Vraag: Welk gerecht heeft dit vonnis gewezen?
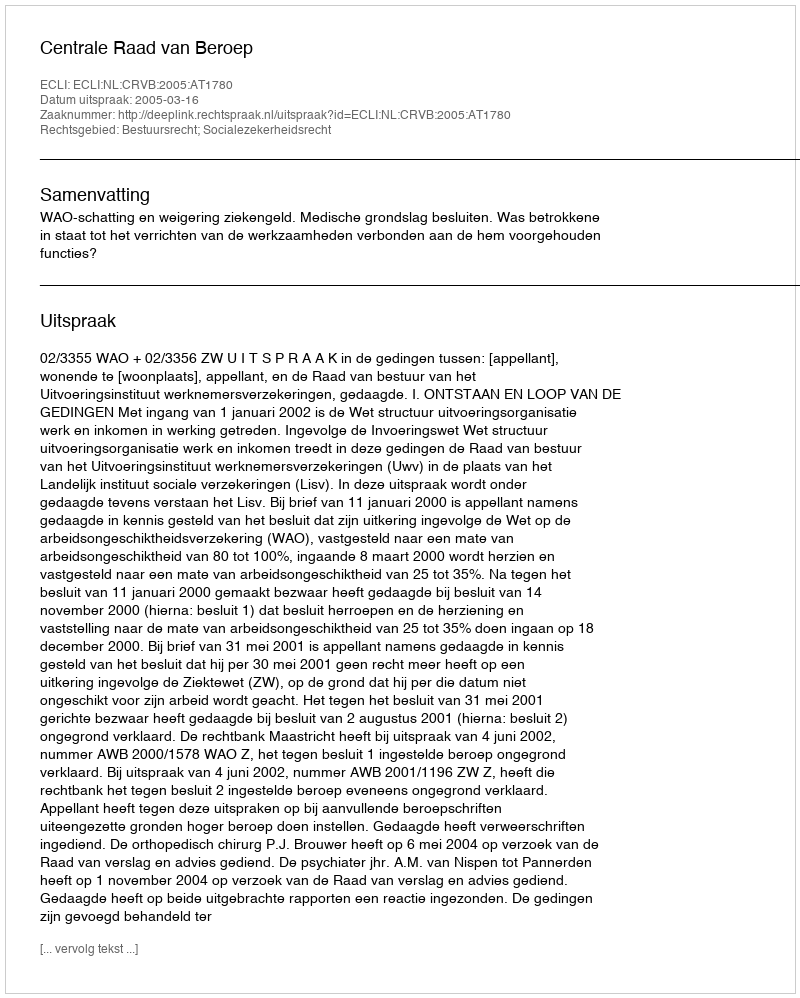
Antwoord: Centrale Raad van Beroep